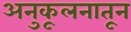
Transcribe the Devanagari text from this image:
अनुकूलनातून